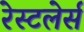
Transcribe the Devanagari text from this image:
रेस्टलेर्स